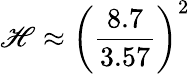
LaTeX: \mathscr{H}\approx\left({\frac{{8.7}}{{3.57}}}\right)^{2}